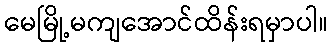
မေမြို့မကျအောင်ထိန်းရမှာပါ။